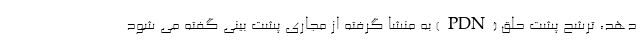
دهد، ترشح پشت حلق (PDN) به منشا گرفته از مجاری پشت بینی گفته می شود